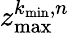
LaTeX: z_{\mathrm{max}}^{k_{\mathrm{min}},n}